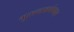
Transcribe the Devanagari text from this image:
गुरुत्वाकर्षणबल